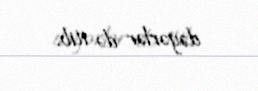
dəyərlər də itib.